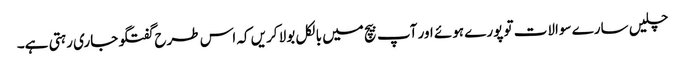
چلیں سارے سوالات تو پورے ہوئے اور آپ بیچ میں بالکل بولا کریں کہ اس طرح گفتگو جاری رہتی ہے۔